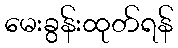
မေးခွန်းထုတ်ရန်